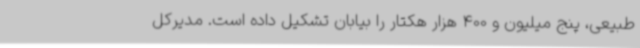
طبیعی، پنج میلیون و 400 هزار هکتار را بیابان تشکیل داده است. مدیرکل